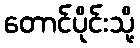
တောင်ပိုင်းသို့